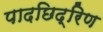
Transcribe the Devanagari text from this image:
पादछिद्रिण